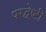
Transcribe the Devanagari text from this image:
परद्वेष्टी